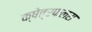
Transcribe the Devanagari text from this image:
क्षेत्रफलस